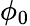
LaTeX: \phi_{0}